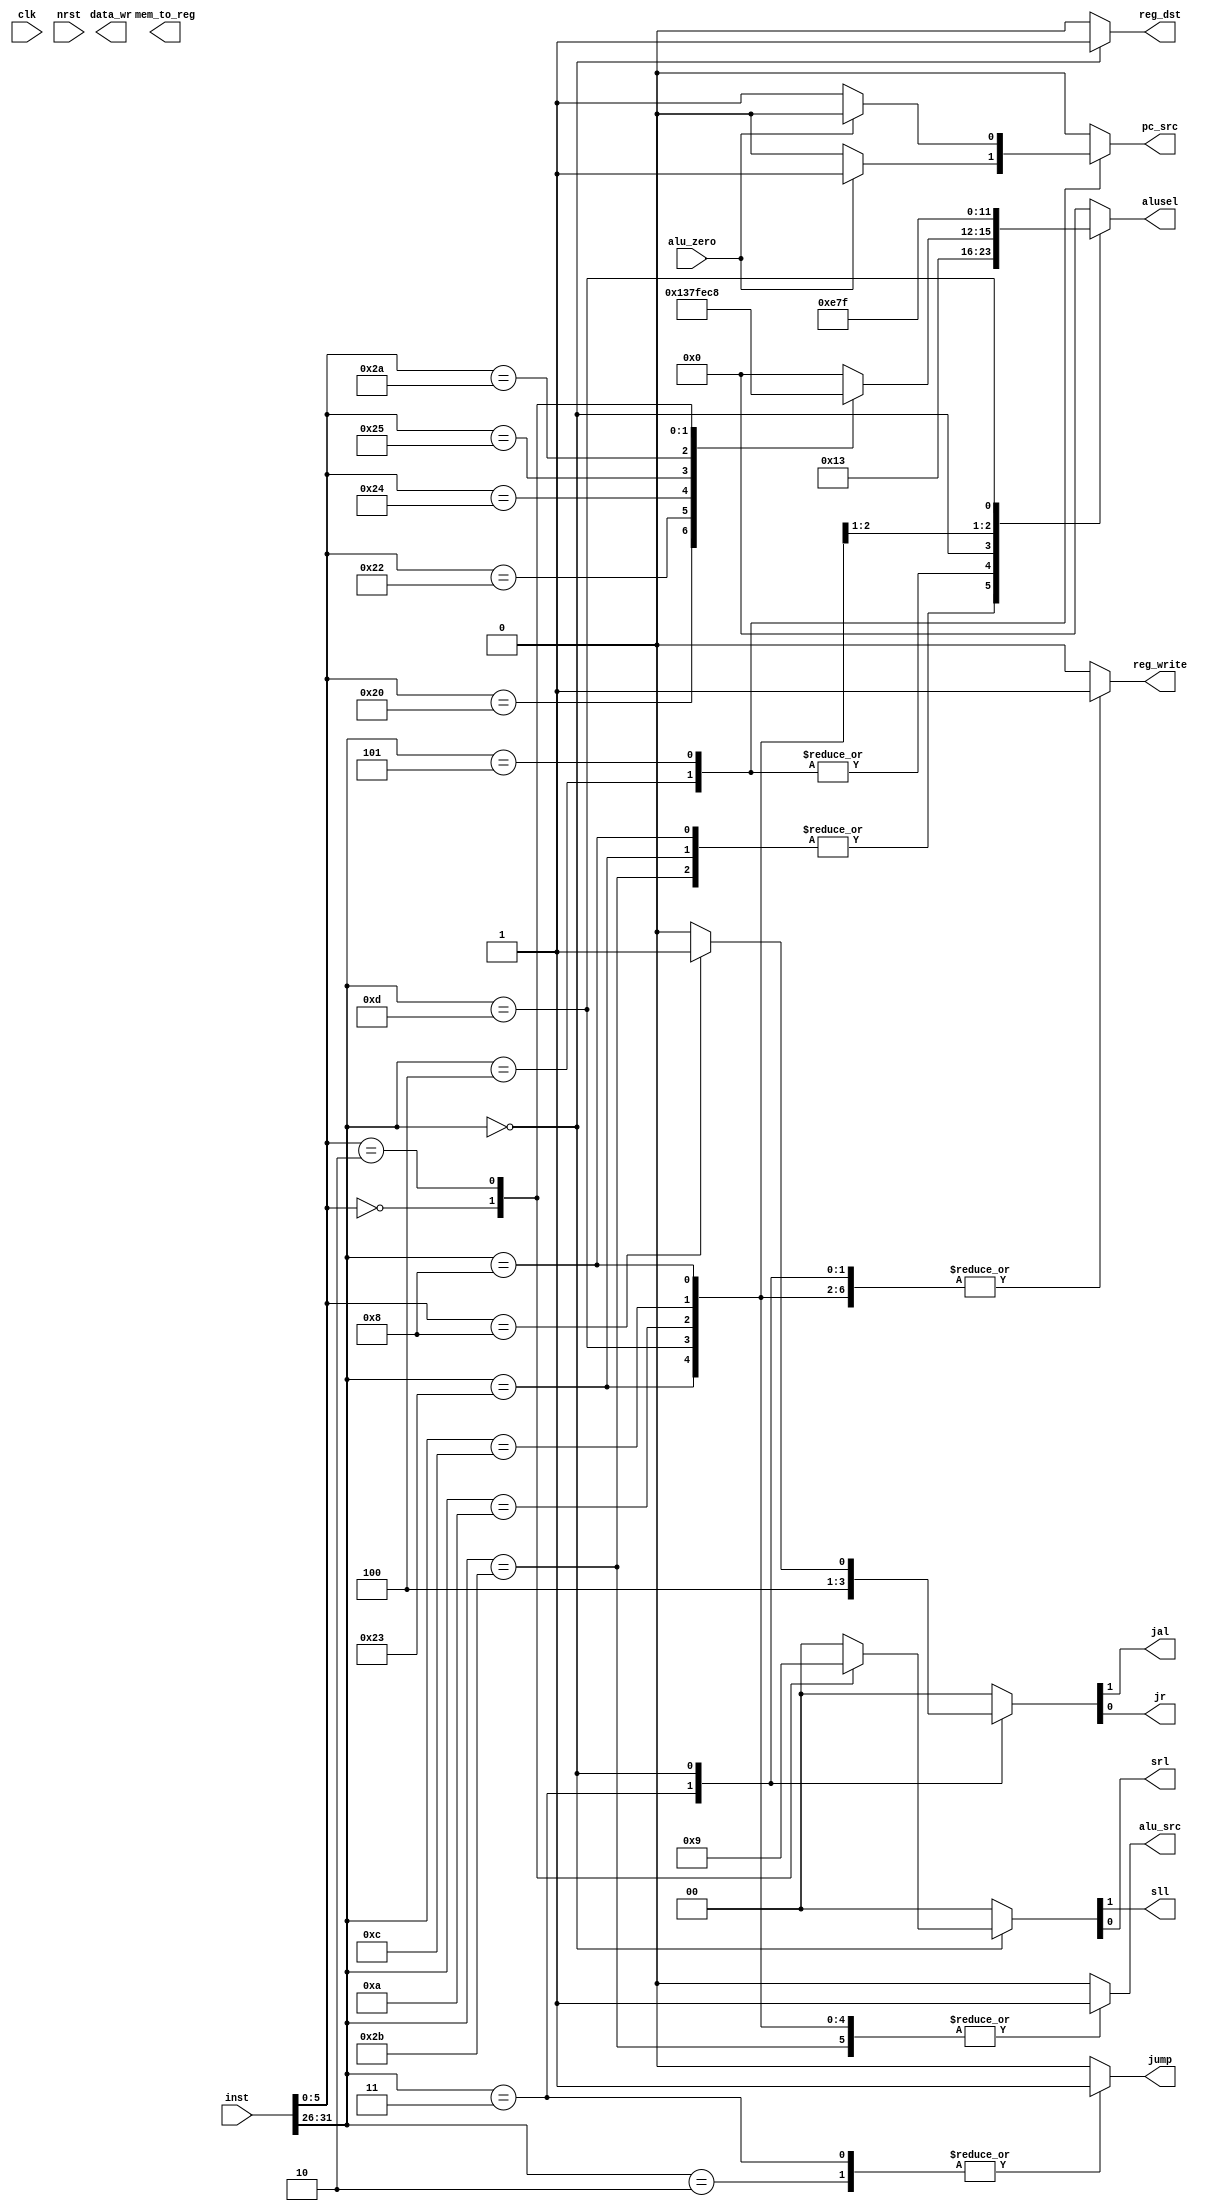
`timescale 1ns/1ps
`define WORD_WIDTH  32
`define MEM_ADDR_WIDTH 32

`define INST_BEQ_OPCODE     6'h04
`define INST_BNE_OPCODE     6'h05
`define INST_LW_OPCODE      6'h23
`define INST_SW_OPCODE      6'h2B
`define INST_RTYPE_OPCODE   6'h00
`define INST_ADDI_OPCODE    6'h08
`define INST_ADDIU_OPCODE   6'h09
`define INST_ANDI_OPCODE    6'h0C
`define INST_ORI_OPCODE     6'h0D
`define INST_SLTI_OPCODE    6'h0A 
`define INST_JUMP_OPCODE    6'h02
`define INST_JAL_OPCODE     6'h03

`define INST_RTYPE_ADD_FUNCT    6'h20
`define INST_RTYPE_SUB_FUNCT    6'h22
`define INST_RTYPE_AND_FUNCT    6'h24
`define INST_RTYPE_OR_FUNCT     6'h25
`define INST_RTYPE_XOR_FUNCT    6'h26
`define INST_RTYPE_SLL_FUNCT    6'h00
`define INST_RTYPE_SRL_FUNCT    6'h02
`define INST_RTYPE_SLT_FUNCT    6'h2A
`define INST_RTYPE_JR_FUNCT     6'h08

`define ALUSEL_ADD      4'b0001
`define ALUSEL_SUB      4'b0011
`define ALUSEL_AND      4'b0111
`define ALUSEL_OR       4'b1111
`define ALUSEL_SLT      4'b1110
`define ALUSEL_SLL      4'b1100
`define ALUSEL_SRL      4'b1000
`define ALUSEL_DEFAULT  4'h0

module controller (
    input clk,
    input nrst,
    input [`WORD_WIDTH - 1:0] inst,     // from instruction memory
    input alu_zero,                     // from ALU
    output reg reg_write,
    output reg reg_dst,
    output reg data_wr,
    output reg alu_src,
    output reg mem_to_reg,
    output reg pc_src,
    output reg jump,
    output reg jal,
    output reg jr,
    output reg sll,
    output reg srl,
    output reg [3:0] alusel
);

    wire [5:0] inst_opcode;
    wire [4:0] inst_rs;
    wire [4:0] inst_rt;
    wire [4:0] inst_rd;
    wire [4:0] inst_shamt;
    wire [5:0] inst_funct;
    wire [15:0] inst_imm;

    assign inst_opcode = inst[31:26];
    assign inst_rs = inst[25:21];
    assign inst_rt = inst[20:16];
    assign inst_rd = inst[15:11];
    assign inst_shamt = inst[10:6];
    assign inst_funct = inst[5:0];
    assign inst_imm = inst[15:0];

    // alusel control signal
    always @ (*) begin
        case (inst_opcode)
            `INST_LW_OPCODE,
            `INST_SW_OPCODE,
            `INST_ADDI_OPCODE:
                alusel <= `ALUSEL_ADD;

            `INST_BEQ_OPCODE,
            `INST_BNE_OPCODE:
                alusel <= `ALUSEL_SUB;  

            `INST_RTYPE_OPCODE:
                case (inst_funct)
                    `INST_RTYPE_ADD_FUNCT: alusel <= `ALUSEL_ADD;
                    `INST_RTYPE_SUB_FUNCT: alusel <= `ALUSEL_SUB;
                    `INST_RTYPE_AND_FUNCT: alusel <= `ALUSEL_AND;
                    `INST_RTYPE_OR_FUNCT:  alusel <= `ALUSEL_OR;
                    `INST_RTYPE_SLT_FUNCT: alusel <= `ALUSEL_SLT;
                    `INST_RTYPE_SLL_FUNCT: alusel <= `ALUSEL_SLL;
                    `INST_RTYPE_SRL_FUNCT: alusel <= `ALUSEL_SRL;
                    default: alusel <= `ALUSEL_DEFAULT;
                endcase

            `INST_SLTI_OPCODE: alusel <= `ALUSEL_SLT;
            `INST_ANDI_OPCODE: alusel <= `ALUSEL_AND;
            `INST_ORI_OPCODE:  alusel <= `ALUSEL_OR;

            default:           alusel <= `ALUSEL_DEFAULT;
        endcase
    end

    // alu_src control signal
    always @ (*) begin
        case (inst_opcode)
            `INST_LW_OPCODE,
            `INST_SW_OPCODE,
            `INST_ADDI_OPCODE,
            `INST_ANDI_OPCODE,
            `INST_SLTI_OPCODE,
            `INST_ORI_OPCODE:
                alu_src <= 1'b1;
            default:
                alu_src <= 1'b0;
        endcase
    end

    // reg_dst control signal
    always @ (*) begin
        case (inst_opcode)
            `INST_RTYPE_OPCODE:  reg_dst <= 1'b1;
            default:             reg_dst <= 1'b0;
        endcase
    end

    // reg_write control signal
    always @ (*) begin
        case (inst_opcode)
            `INST_RTYPE_OPCODE,
            `INST_ADDI_OPCODE,
            `INST_ANDI_OPCODE,
            `INST_SLTI_OPCODE,
            `INST_ORI_OPCODE,
            `INST_LW_OPCODE,
            `INST_JAL_OPCODE:
                reg_write <= 1'b1;
            default:
                reg_write <= 1'b0;
        endcase
    end

    // pc_src control signal
    always @ (*) begin
        case (inst_opcode)
            `INST_BEQ_OPCODE: pc_src <= alu_zero ? 1'b1 : 1'b0;
            `INST_BNE_OPCODE: pc_src <= !alu_zero ? 1'b1 : 1'b0;
            default: pc_src <= 0;
        endcase
    end

    // jump control signal
    always @ (*) begin
        case (inst_opcode)
            `INST_JUMP_OPCODE,
            `INST_JAL_OPCODE:
                jump <= 1'b1;
            default:
                jump <= 1'b0;
        endcase
    end

    // jal, jr control signals
    always @ (*) begin
        case (inst_opcode)
            `INST_JAL_OPCODE: 
                {jal, jr} <= 2'b10;

            `INST_RTYPE_OPCODE:
                case (inst_funct)
                    `INST_RTYPE_JR_FUNCT:   {jal, jr} <= 2'b01;
                    default:                {jal, jr} <= 2'b00;
                endcase

            default:
                {jal, jr} <= 2'b00;
        endcase
    end

    // sll, srl control signals
    always @ (*) begin
        case (inst_opcode)
            `INST_RTYPE_OPCODE:
                case (inst_funct)
                    `INST_RTYPE_SLL_FUNCT: {sll, srl} <= 2'b10;
                    `INST_RTYPE_SRL_FUNCT: {sll, srl} <= 2'b01;
                    default:               {sll, srl} <= 2'b00;
                endcase
            default: {sll, srl} <= 2'b0;
        endcase
    end

endmodule